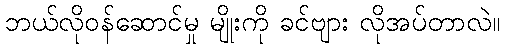
ဘယ်လိုဝန်ဆောင်မှု မျိုးကို ခင်ဗျား လိုအပ်တာလဲ။